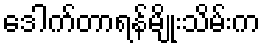
ဒေါက်တာရန်မျိုးသိမ်းက